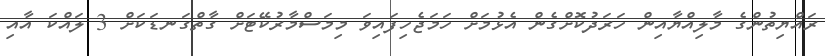
ރައްޔިތުންގެ މާލިއްޔާއިން ހަރަދުކޮށްގެން އެޅުމަށް ހަމަޖެހިފައިވަ މިމަސްމާރުކޭޓަށް ގާތްގަނޑަކަށް 3 ލައްކަ އާއި